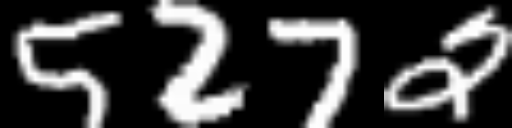
Text: 5272